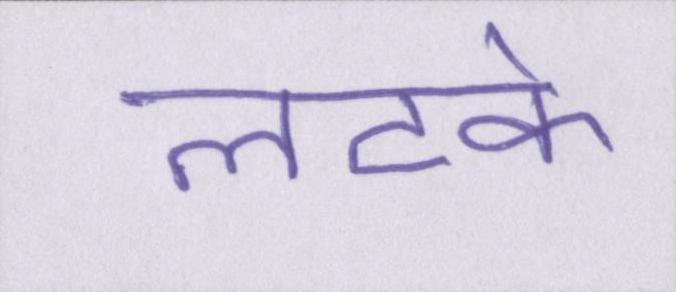
लटके